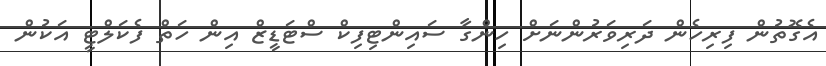
އެގޮތުން ފިރިހެން ދަރިވަރުންނަށް ހިންގާ ސައިންޓިފިކް ސްޓަޑީޒް އިން ހަތް ފެކަލްޓީ އަކުން